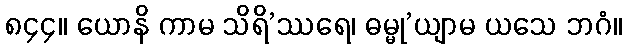
၈၄၄။ ယောနိ ကာမ သိရိ’ဿရေ၊ ဓမ္မု’ယျာမ ယသေ ဘဂံ။